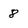
Character: 8